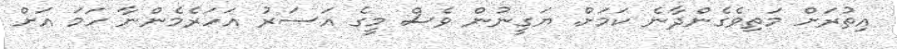
އިތުރަށް މަތިވެގެންދާނެ ކަމަށް. ޔަގީނުން ވެސް މީގެ އަސަރު އަހަރެމެންނާ ހަމަ އަށް